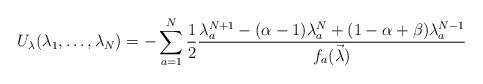
LaTeX: \begin{align*}U_{\lambda}(\lambda_1,\dots,\lambda_N)=-\sum_{a=1}^N \frac{1}{2}\frac{\lambda_a^{N+1}-(\alpha-1)\lambda_a^N+(1-\alpha+\beta)\lambda_a^{N-1}}{f_a(\vec{\lambda})}\end{align*}